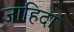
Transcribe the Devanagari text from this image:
जाहिदा